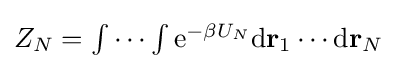
\textstyle Z_{N}=\int \cdots \int \mathrm {e} ^{-\beta U_{N}}\mathrm {d} \mathbf {r} _{1}\cdots \mathrm {d} \mathbf {r} _{N}